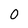
Character: 0